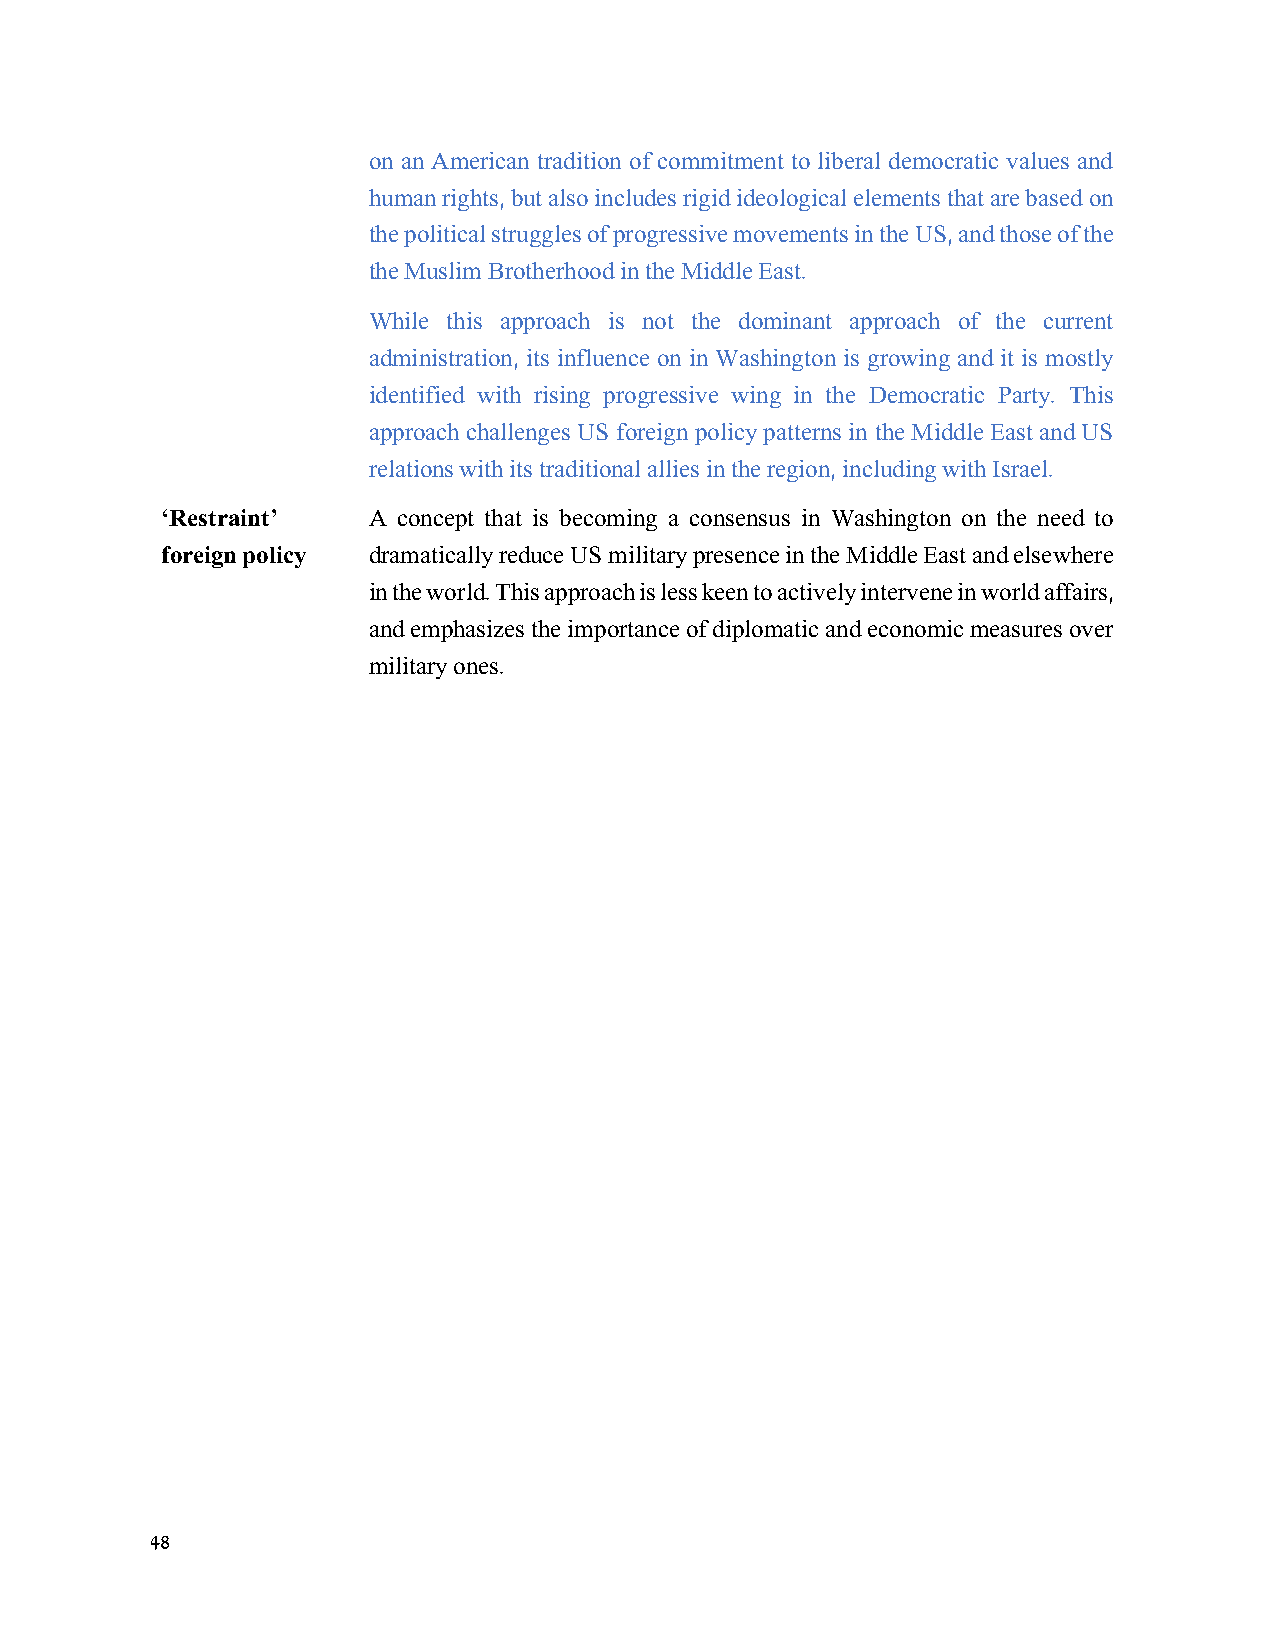
on an American tradition of commitment to liberal democratic values and
 human rights, but also includes rigid ideological elements that are based on
 the political struggles of progressive movements in the US, and those of the
 the Muslim Brotherhood in the Middle East.
 While this approach is not the dominant approach of the current
 administration, its influence on in Washington is growing and it is mostly
 identified with rising progressive wing in the Democratic Party. This
 approach challenges US foreign policy patterns in the Middle East and US
 relations with its traditional allies in the region, including with Israel.
 ‘Restraint’  A concept that is becoming a consensus in Washington on the need to
 foreign policy dramatically reduce US military presence in the Middle East and elsewhere
 in the world. This approach is less keen to actively intervene in world affairs,
 and emphasizes the importance of diplomatic and economic measures over
 military ones.
 48